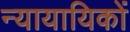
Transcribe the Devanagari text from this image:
न्यायायिकों